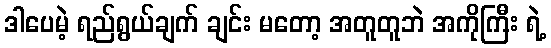
ဒါပေမဲ့ ရည်ရွယ်ချက် ချင်း မတော့ အတူတူဘဲ အကိုကြီး ရဲ့